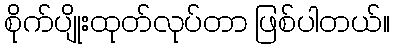
စိုက်ပျိုးထုတ်လုပ်တာ ဖြစ်ပါတယ်။